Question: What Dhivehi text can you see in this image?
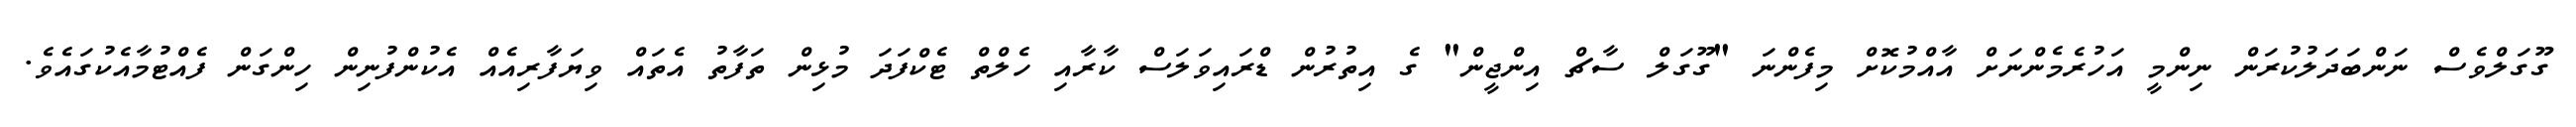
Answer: ގޫގަލްވެސް ނަންބަދަލުކުރަން ނިންމީ އަހުރެމެންނަށް އާއްމުކޮށް މިފެންނަ "ގޫގަލް ސާޗް އިންޖީން" ގެ އިތުރުން ޑްރައިވަލަސް ކާރާއި ހެލްތް ޓެކްފަދަ މުޅިން ތަފާތު އެތައް ވިޔަފާރިއެއް އެކުންފުނިން ހިންގަން ފެއްޓުމާއެކުގައެވެ.